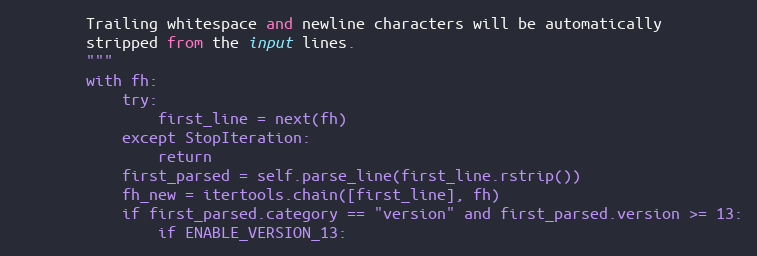
Language: Python
        Trailing whitespace and newline characters will be automatically
        stripped from the input lines.
        """
        with fh:
            try:
                first_line = next(fh)
            except StopIteration:
                return
            first_parsed = self.parse_line(first_line.rstrip())
            fh_new = itertools.chain([first_line], fh)
            if first_parsed.category == "version" and first_parsed.version >= 13:
                if ENABLE_VERSION_13: